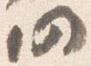
仍